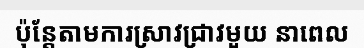
ប៉ុន្តែតាមការស្រាវជ្រាវមួយ នាពេល